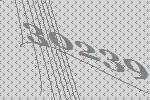
30239